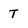
Character: T